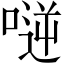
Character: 𠸺